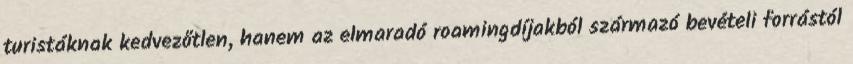
turistáknak kedvezőtlen, hanem az elmaradó roamingdíjakból származó bevételi forrástól